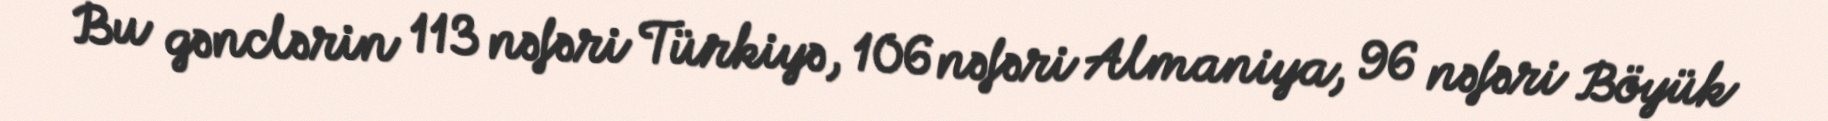
Bu gənclərin 113 nəfəri Türkiyə, 106 nəfəri Almaniya, 96 nəfəri Böyük